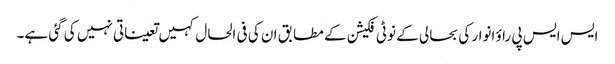
ایس ایس پی راؤ انوار کی بحالی کے نوٹی فکیشن کے مطابق ان کی فی الحال کہیں تعیناتی نہیں کی گئی ہے۔